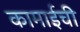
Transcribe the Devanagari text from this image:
कामाईची